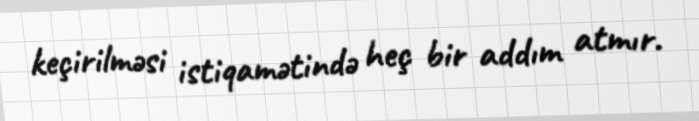
keçirilməsi istiqamətində heç bir addım atmır.